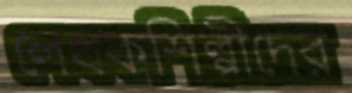
লেখকশিল্পীদের